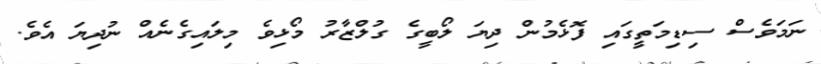
ނަމަވެސް ސިޑިމަތީގައި ފޮޅެމުން ދިޔަ ލޯބީގެ ގުލްޒާރު މޯޅިވެ މިލައިގެނެއް ނުދިޔަ އެވެ.